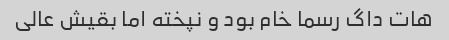
هات داگ رسما خام بود و نپخته اما بقیش عالی